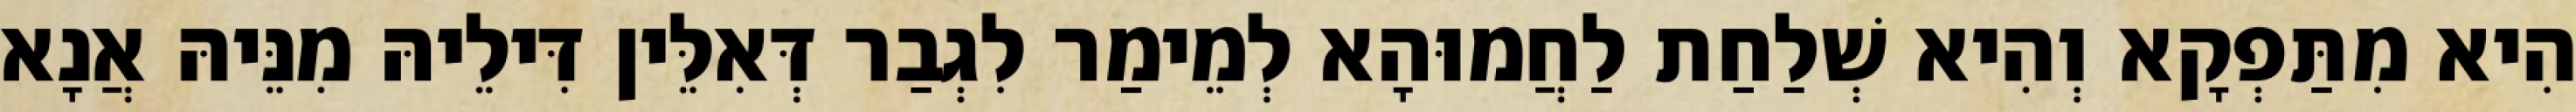
הִיא מִתַּפְקָא וְהִיא שְׁלַחַת לַחֲמוּהָא לְמֵימַר לִגְבַר דְּאִלֵּין דִּילֵיהּ מִנֵּיהּ אֲנָא